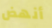
أنهض